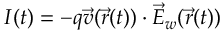
I ( t ) = - q \overrightarrow { v } ( \overrightarrow { r } ( t ) ) \cdot \overrightarrow { E } _ { w } ( \overrightarrow { r } ( t ) )